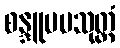
စန္ဒူပမသုတ္တံ